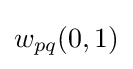
w_{pq}(0,1)